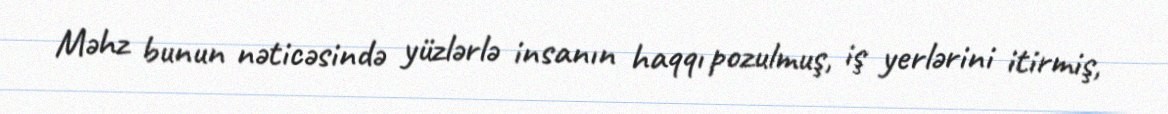
Məhz bunun nəticəsində yüzlərlə insanın haqqı pozulmuş, iş yerlərini itirmiş,